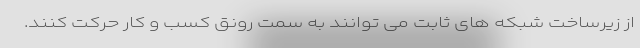
از زیرساخت شبکه های ثابت می توانند به سمت رونق کسب و کار حرکت کنند.